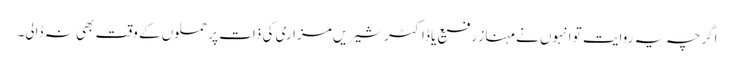
اگرچہ یہ روایت تو انہوں نے مہناز رفیع یا ڈاکٹر شیریں مزاری کی ذات پر حملوں کے وقت بھی نہ ڈالی۔